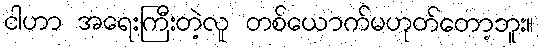
ငါဟာ အရေးကြီးတဲ့လူ တစ်ယောက်မဟုတ်တော့ဘူး။